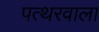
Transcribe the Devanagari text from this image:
पत्थरवाला